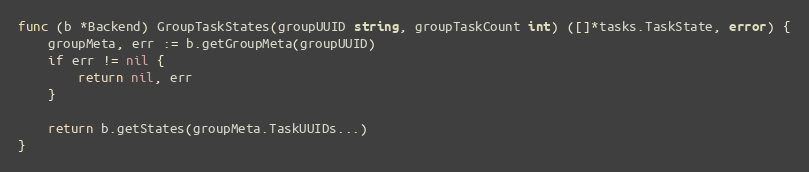
Language: Go
func (b *Backend) GroupTaskStates(groupUUID string, groupTaskCount int) ([]*tasks.TaskState, error) {
	groupMeta, err := b.getGroupMeta(groupUUID)
	if err != nil {
		return nil, err
	}

	return b.getStates(groupMeta.TaskUUIDs...)
}